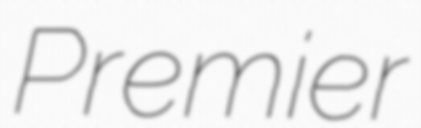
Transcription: Premier